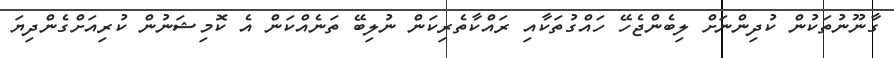
ގާނޫނުތަކުން ކުދިންނަށް ލިބެންޖެހޭ ހައްގުތަކާއި ރައްކާތެރިކަން ނުލިބޭ ތަނެއްކަން އެ ކޮމިޝަނުން ކުރިއަށްގެންދިޔަ